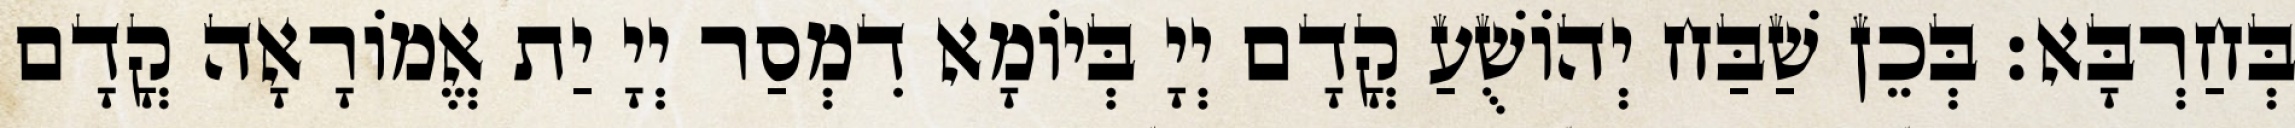
בְּחַרְבָּא׃ בְּכֵן שַׁבַּח יְהוֹשֻׁעַ קֳדָם יְיָ בְּיוֹמָא דִמְסַר יְיָ יַת אֱמוֹרָאָה קֳדָם